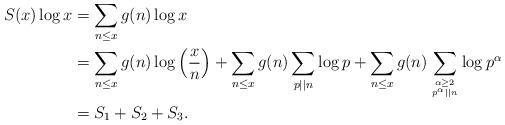
LaTeX: \begin{align*}S(x) \log x &= \sum_{n \leq x} g(n) \log x \\&= \sum_{n \leq x} g(n) \log \left( \frac{x}{n} \right) + \sum_{n \leq x} g(n) \sum_{p||n} \log p + \sum_{n \leq x} g(n) \sum_{\alpha \geq 2 \atop p^{\alpha}||n } \log p^{\alpha} \\&= S_1 + S_2 + S_3.\end{align*}